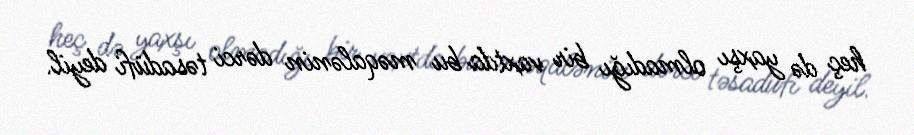
heç də yaxşı olmadığı bir vaxtda bu məqalənin dərci təsadüfi deyil.